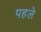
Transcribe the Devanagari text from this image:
पहलेे